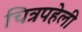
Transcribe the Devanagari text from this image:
चित्रपहेली